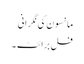
مانسون کی نگرانی
فل برائٹ ۔